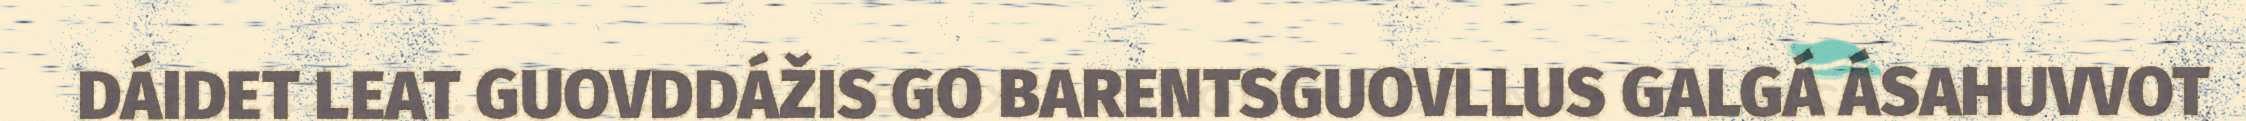
DÁIDET LEAT GUOVDDÁŽIS GO BARENTSGUOVLLUS GALGÁ ÁSAHUVVOT